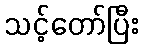
သင့်တော်ပြီး